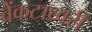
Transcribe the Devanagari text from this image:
वेंकटाध्वरी